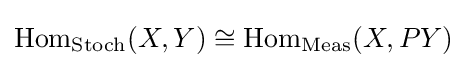
\mathrm {Hom} _{\mathrm {Stoch} }(X,Y)\cong \mathrm {Hom} _{\mathrm {Meas} }(X,PY)